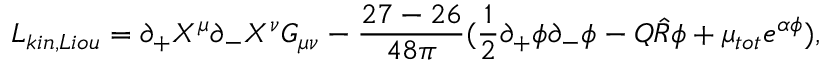
L _ { k i n , L i o u } = \partial _ { + } X ^ { \mu } \partial _ { - } X ^ { \nu } G _ { \mu \nu } - \frac { 2 7 - 2 6 } { 4 8 \pi } ( \frac { 1 } { 2 } \partial _ { + } \phi \partial _ { - } \phi - Q \hat { R } \phi + \mu _ { t o t } e ^ { \alpha \phi } ) ,